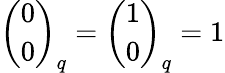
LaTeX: {\binom{0}{0}}_{q}={\binom{1}{0}}_{q}=1